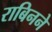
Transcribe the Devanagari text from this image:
राबिनने